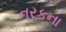
નરકના